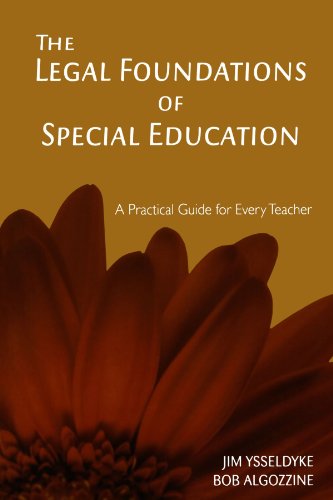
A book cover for The Legal Foundations of Special Education: A Practical Guide for Every Teacher; James E. Ysseldyke; Law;